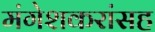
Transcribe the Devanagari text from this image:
मंगेशकरांसह